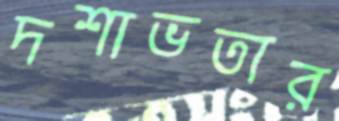
দশাভতার